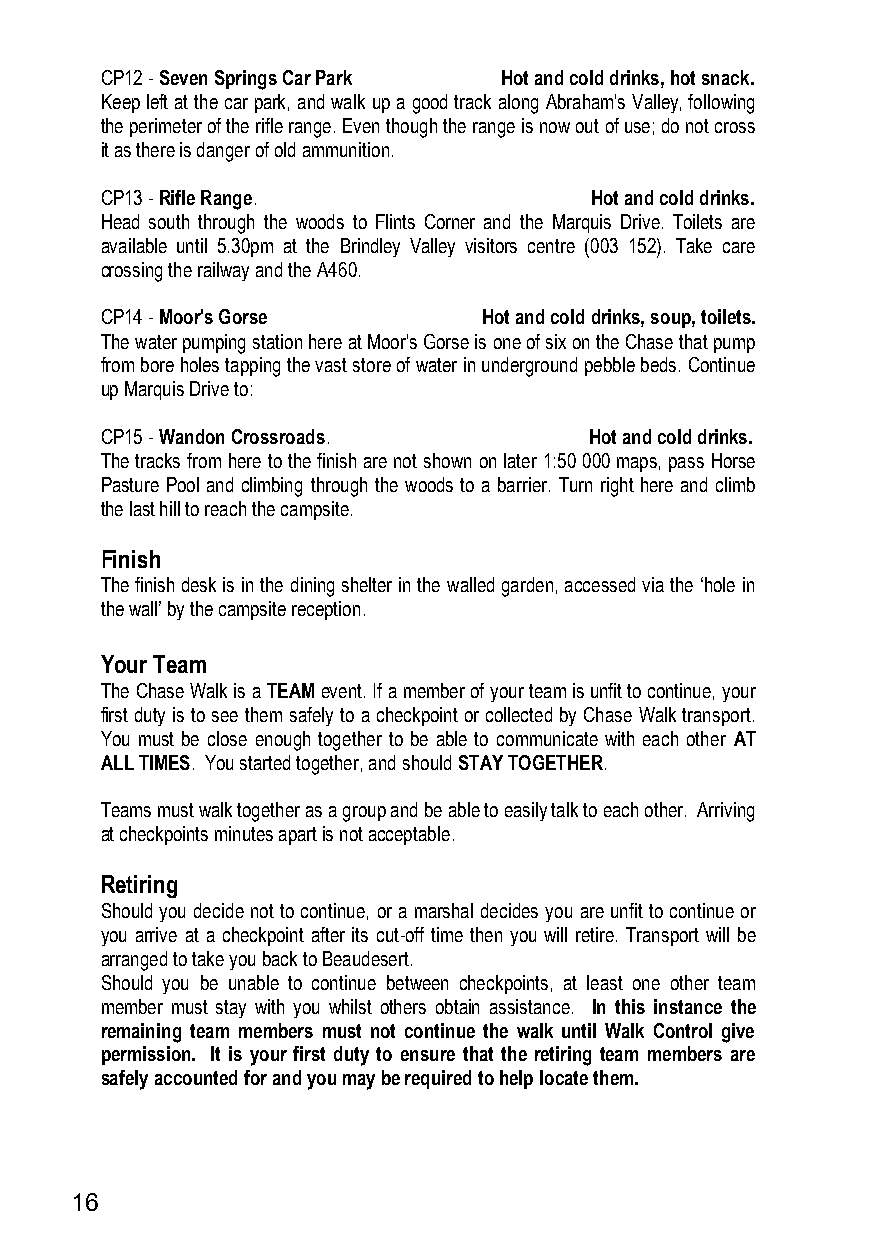
CP12 - Seven Springs Car Park Hot and cold drinks, hot snack.
 Keep left at the car park, and walk up a good track along Abraham's Valley, following
 the perimeter of the rifle range. Even though the range is now out of use; do not cross
 it as there is danger of old ammunition.
 CP13 - Rifle Range.             Hot and cold drinks.
 Head south through the woods to Flints Corner and the Marquis Drive. Toilets are
 available until 5.30pm at the Brindley Valley visitors centre (003 152). Take care
 crossing the railway and the A460.
 CP14 - Moor's Gorse      Hot and cold drinks, soup, toilets.
 The water pumping station here at Moor's Gorse is one of six on the Chase that pump
 from bore holes tapping the vast store of water in underground pebble beds. Continue
 up Marquis Drive to:
 CP15 - Wandon Crossroads.       Hot and cold drinks.
 The tracks from here to the finish are not shown on later 1:50 000 maps, pass Horse
 Pasture Pool and climbing through the woods to a barrier. Turn right here and climb
 the last hill to reach the campsite.
 Finish
 The finish desk is in the dining shelter in the walled garden, accessed via the ‘hole in
 the wall’ by the campsite reception.
 Your Team
 The Chase Walk is a TEAM event. If a member of your team is unfit to continue, your
 first duty is to see them safely to a checkpoint or collected by Chase Walk transport.
 You must be close enough together to be able to communicate with each other AT
 ALL TIMES. You started together, and should STAY TOGETHER.
 Teams must walk together as a group and be able to easily talk to each other. Arriving
 at checkpoints minutes apart is not acceptable.
 Retiring
 Should you decide not to continue, or a marshal decides you are unfit to continue or
 you arrive at a checkpoint after its cut-off time then you will retire. Transport will be
 arranged to take you back to Beaudesert.
 Should you be unable to continue between checkpoints, at least one other team
 member must stay with you whilst others obtain assistance. In this instance the
 remaining team members must not continue the walk until Walk Control give
 permission. It is your first duty to ensure that the retiring team members are
 safely accounted for and you may be required to help locate them.
 16